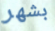
بشهر